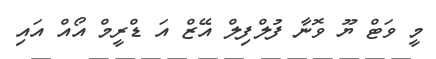
މީ ވަޓް ޔޫ ވޮނާ ފުލްފިލް އޭޒް އަ ޑްރީމް އޯއް އައި